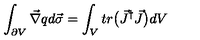
\int _ { \partial V } \vec { \nabla } q d \vec { \sigma } = \int _ { V } t r \bigl ( \vec { J } ^ { \dagger } \vec { J } \bigr ) d V